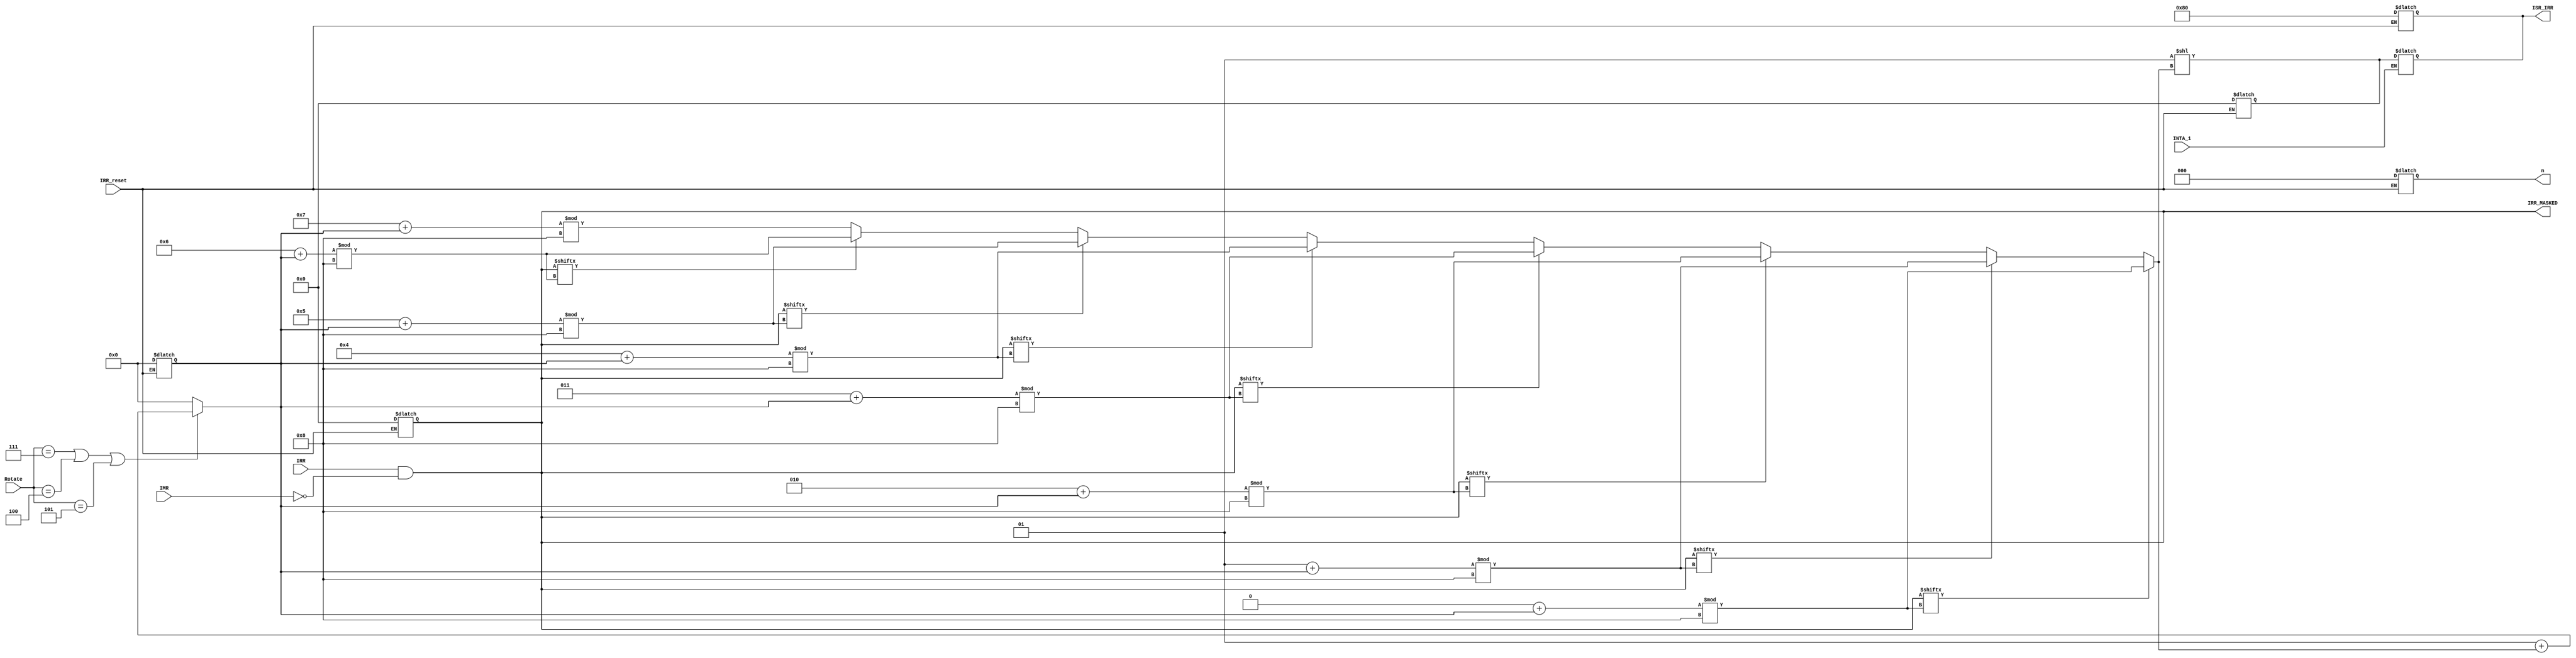


module Priority_Resolver (
	input wire IRR_reset,
	input wire[7:0] IRR, // IR0 - IR7 from IRR
	input wire[7:0] IMR, // Mask from IMR
	input wire INTA_1, // from control
	input wire [2:0] Rotate, // from control
	
	output reg [2:0]n, // to ISR & control to handle the rotating
	output reg [7:0] ISR_IRR, // to ISR & to IRR to reset the bit we are handling now
	output reg [7:0] IRR_MASKED // to control
);
      reg [7:0] CUR_ISR;
	  integer highest_priority,shift;

	  // to check if rotate or usual
	  parameter ROTATE_NON_SPECIFIC_EOI = 3'b101,
				ROTATE_AEOI_SET = 3'b100,
				ROTATE_AEOI_CLEAR = 3'b111;
						  
						  
     always @(INTA_1 or CUR_ISR) begin
       if(INTA_1)
          ISR_IRR = CUR_ISR; // @ the first INTA set the corresponding ISR bit, and reset the corresponding IRR bit 
     end 
      
    // return to default priority
    always @(IRR_reset) begin
     if(IRR_reset)begin
		CUR_ISR = 8'b0;
		IRR_MASKED = 8'b0;
		ISR_IRR = 8'b10000000;
		shift = 0;
		n = 0;
     end
    end

	
    always @* begin
	
        IRR_MASKED = IRR& (~IMR); // the one we send to control logic to send to CPU if the CPU want it
        
		// Update highest_priority based on the masked IRR
		
		
        if (IRR_MASKED[(0+shift)%8]) highest_priority = ((0+shift)%8);
        else if (IRR_MASKED[(1+shift)%8]) highest_priority = ((1+shift)%8); 
        else if (IRR_MASKED[(2+shift)%8]) highest_priority = ((2+shift)%8); 
        else if (IRR_MASKED[(3+shift)%8]) highest_priority = ((3+shift)%8); 
        else if (IRR_MASKED[(4+shift)%8]) highest_priority = ((4+shift)%8); 
        else if (IRR_MASKED[(5+shift)%8]) highest_priority = ((5+shift)%8); 
        else if (IRR_MASKED[(6+shift)%8]) highest_priority = ((6+shift)%8); 
        else highest_priority = ((7+shift)%8);

        // Update ISR with highest_priority
        CUR_ISR = (1 << highest_priority);
		
		if(Rotate == ROTATE_AEOI_CLEAR || Rotate == ROTATE_AEOI_SET || Rotate == ROTATE_NON_SPECIFIC_EOI)
			shift = 1 + highest_priority;
		else 
			shift = 0;
		
        n = shift;
			
    end
    
endmodule

module Priority_Resolver_tb();

	reg [7:0]IRR;
	reg [7:0]IMR;
	reg [2:0]Rotate;
	reg IRR_reset;
	reg INTA_1;
	
	wire [7:0] ISR_IRR;
	wire [7:0] IRR_MASKED;
	wire [2:0]n;
	
Priority_Resolver test (
		// input
		.IRR(IRR),
		.IMR(IMR),
		.Rotate(Rotate),
		.IRR_reset(IRR_reset),
		.INTA_1(INTA_1),
		// output
		.ISR_IRR(ISR_IRR),
		.IRR_MASKED(IRR_MASKED),
		.n(n)
);

initial begin
    IRR_reset = 1'b1;
	IRR = 8'b0;
	IMR = 8'b0;
	INTA_1=1'b0;
    #1000; // 1 nano
    
	// MASKING IRR
    IRR_reset = 1'b0;
	IRR = 8'b11110000;
	IMR = 8'b11000000;
    #1000;
        
	// First INTA
	INTA_1 = 1'b1;
	IRR = 8'b11110000;
	IMR = 8'b10000000;
    #1000;
    
	INTA_1 = 1'b0;
    #1000;
       
	// Rotate
	Rotate = 3'b100;
    #1000;
    
    INTA_1 = 1'b1;
    IRR = 8'b01110000;
    #1000;

end

initial begin
    $monitor("Time: %t, reset: %b, INTA_1: %b,    IRR: %b %b %b %b %b %b %b %b,    IMR: %b %b %b %b %b %b %b %b,    Rotate: %b %b %b    OUTPUT   n: %d %d %d,    ISR_IRR: %b %b %b %b %b %b %b %b,    IRR_MASKED: %b %b %b %b %b %b %b %b",
    $time,IRR_reset,INTA_1,IRR[7],IRR[6],IRR[5],IRR[4],IRR[3],IRR[2],IRR[1],IRR[0] ,IMR[7],IMR[6],IMR[5],IMR[4],IMR[3],IMR[2],IMR[1],IMR[0],Rotate[2],Rotate[1],Rotate[0],
    n[2],n[1],n[0],ISR_IRR[7],ISR_IRR[6],ISR_IRR[5],ISR_IRR[4],ISR_IRR[3],ISR_IRR[2],ISR_IRR[1],ISR_IRR[0],IRR_MASKED[7],IRR_MASKED[6],IRR_MASKED[5],IRR_MASKED[4],IRR_MASKED[3],IRR_MASKED[2],IRR_MASKED[1],IRR_MASKED[0]);

    $timeformat(-9, 1, " ns", 10);
end

endmodule